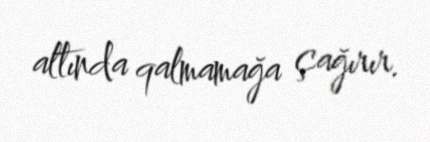
altında qalmamağa çağırır.